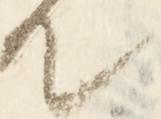
て